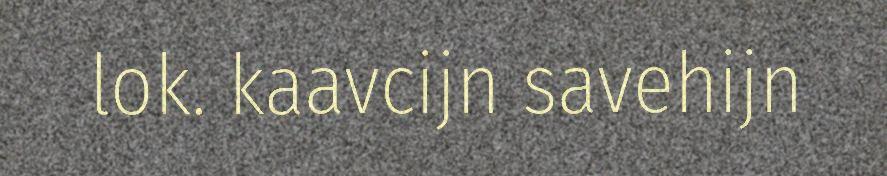
lok. kaavcijn savehijn